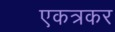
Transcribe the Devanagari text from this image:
एकत्रकर